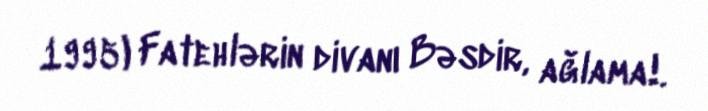
1995) Fatehlərin divanı Bəsdir, ağlama!.